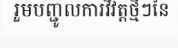
រួមបញ្ជូលការវិវត្តថ្មីៗនៃ